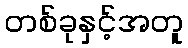
တစ်ခုနှင့်အတူ